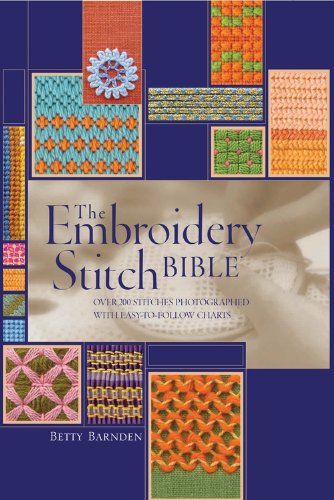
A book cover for The Embroidery Stitch Bible: Over 200 Stitches Photographed with Easy to Follow Charts (Artist/Craft Bible Series); Betty Barnden; Crafts, Hobbies & Home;